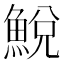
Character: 鮵